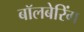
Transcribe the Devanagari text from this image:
बॉलबेरिंग